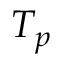
T _ { p }